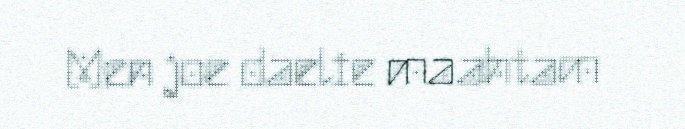
Men joe daelie maahtam